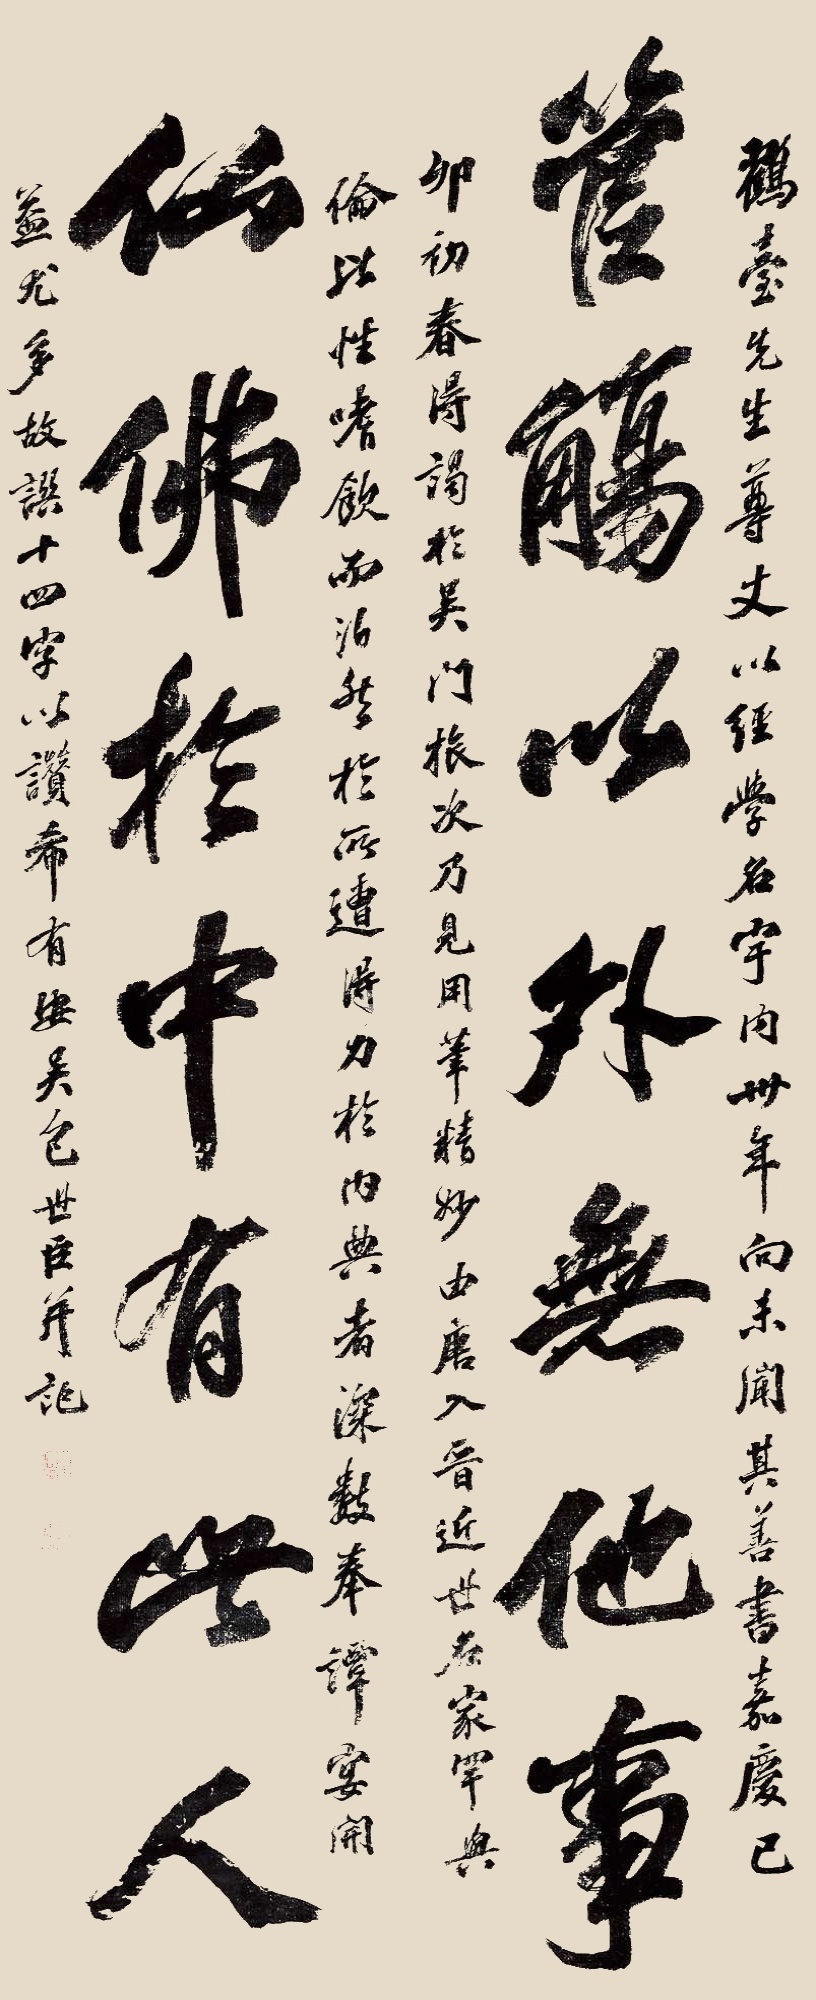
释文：管觞以外无他事，仙佛扵中有此人。鹤台先生尊丈，以经学名宇内，卅年向未闻其善书。嘉庆己卯初春得竭于吴门旅次乃见用笔精妙，由唐入晋，近世名家罕与伦比，性嗜饮而泊然于所遭，得力于内典者深数奉谭宴，开益尤多，故譔十四字以赞希有。安吴包世臣并记。